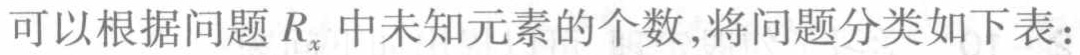
可以根据问题 \(R_{x}\) 中未知元素的个数,将问题分类如下表：